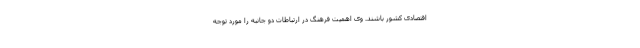
اقتصادی کشور باشند. وی اهمیت فرهنگ در ارتباطات دو جانبه را مورد توجه